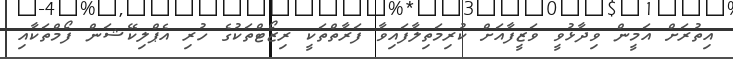
އިތުރަށް އަމީން ވިދާޅުވީ ވަޒީފާއަށް ކުރިމަތިލާފައިވާ ފަރާތްތަކީ ރިޒޯޓްތަކުގެ ހުރި އެޕްލިކޭޝަން ފޯމްތަކާއި